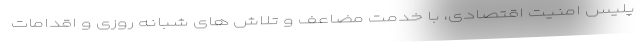
پلیس امنیت اقتصادی، با خدمت مضاعف و تلاش های شبانه روزی و اقدامات